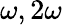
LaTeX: \omega,2\omega